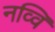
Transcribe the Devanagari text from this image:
नव्वि